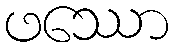
ဖဿော